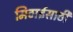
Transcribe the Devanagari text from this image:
मिठाईसाठी